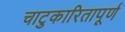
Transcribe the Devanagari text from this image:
चाटुकारितापूर्ण